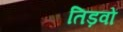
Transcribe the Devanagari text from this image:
तिड़वों